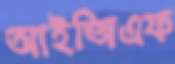
আইজিএফ